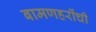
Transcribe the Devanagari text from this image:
बामणहरींची